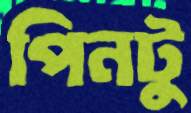
পিনটু